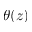
\theta ( z )